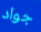
جواد